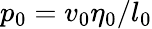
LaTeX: p_{0}=v_{0}\eta_{0}/l_{0}